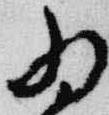
為